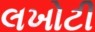
લખોટી